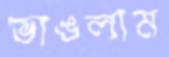
ভাঙলাম